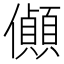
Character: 𪝽